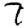
Digit: 7